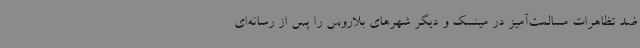
ضد تظاهرات مسالمت‌آمیز در مینسک و دیگر شهرهای بلاروس را پس از رسانه‌ای